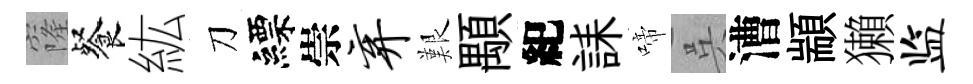
窿餐紘刀縹崇弃艱顒紀誄啼呉漕顓獺监